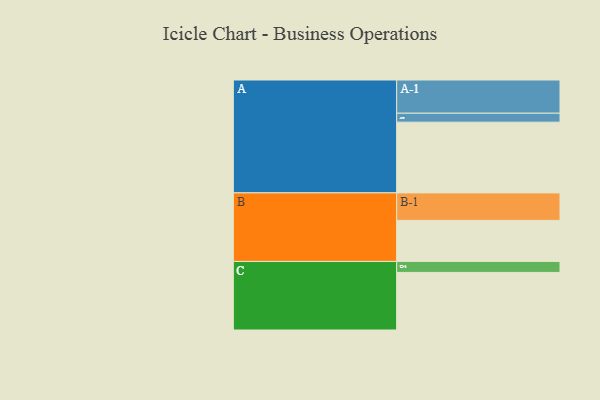
{"axis": {"x": "Segment", "y": "Value"}, "legend": ["", "A", "B", "C"], "data": [{"x": "A", "y": 560, "type": ""}, {"x": "B", "y": 325, "type": ""}, {"x": "C", "y": 456, "type": ""}, {"x": "A-1", "y": 263, "type": "A"}, {"x": "A-2", "y": 71, "type": "A"}, {"x": "B-1", "y": 218, "type": "B"}, {"x": "C-1", "y": 87, "type": "C"}]}